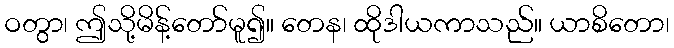
ဝတွာ၊ ဤသို့မိန့်တော်မူ၍။ တေန၊ ထိုဒါယကာသည်။ ယာစိတော၊